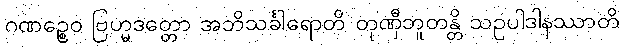
ဂဏဉ္စေဝ ဗြဟ္မဒတ္တော အဘိသင်္ခါရောတိ တုဏှီဘူတန္တိ သဥပါဒါနဿာတိ